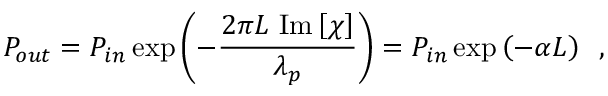
P _ { o u t } = P _ { i n } \exp \left( - \frac { 2 \pi L \, \, \mathrm { I m } \left[ \chi \right] } { \lambda _ { p } } \right) = P _ { i n } \exp \left( - \alpha L \right) \, \, \, ,